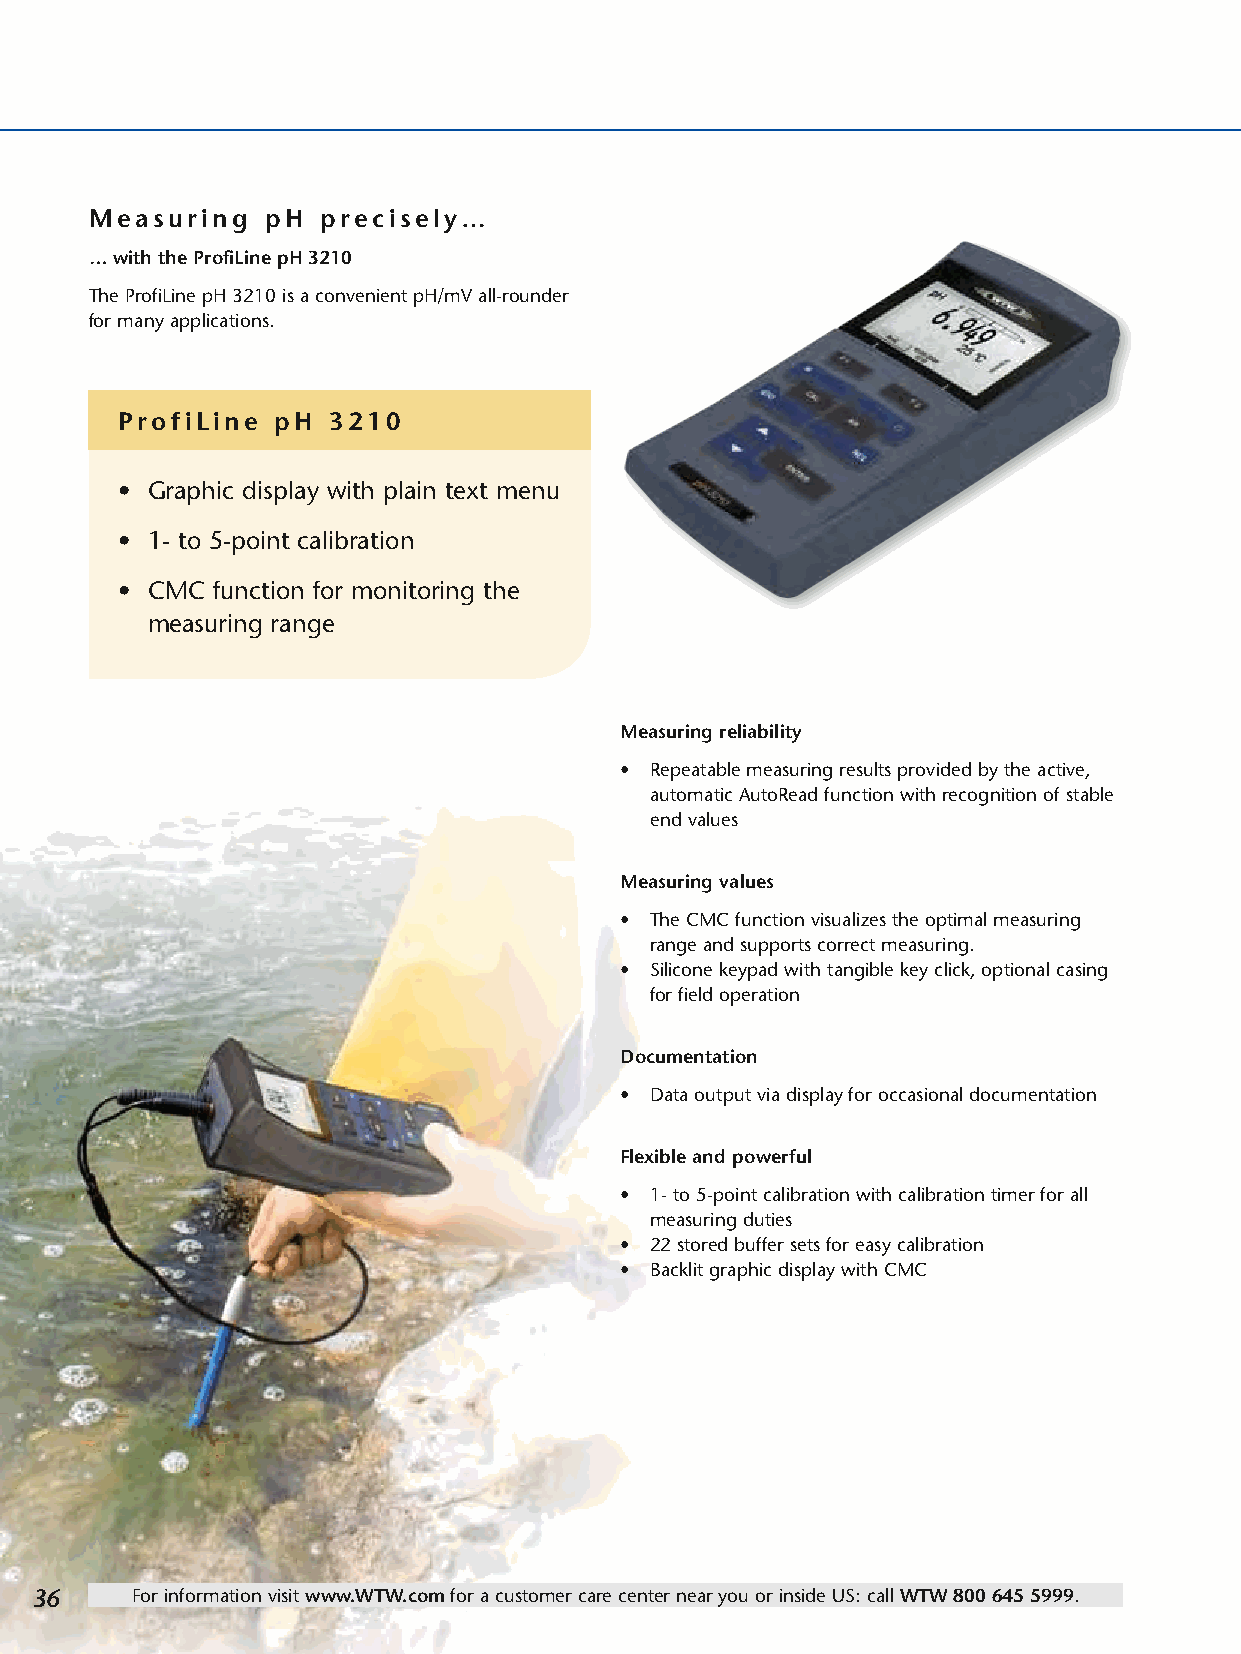
Measuring   pH precisely…
 … with the ProfiLine pH 3210
 The ProfiLine pH 3210 is a convenient pH/mV all-rounder
 for many applications.
 ProfiLine pH  3210
 • Graphic display with plain text menu
 • 1- to 5-point calibration
 • CMC function for monitoring the
 measuring range
 Measuring reliability
 • Repeatable measuring results provided by the active,
 automatic AutoRead function with recognition of stable
 end values
 Measuring values
 • The CMC function visualizes the optimal measuring
 range and supports correct measuring.
 • Silicone keypad with tangible key click, optional casing
 for field operation
 Documentation
 • Data output via display for occasional documentation
 Flexible and powerful
 • 1- to 5-point calibration with calibration timer for all
 measuring duties
 • 22 stored buffer sets for easy calibration
 • Backlit graphic display with CMC
 36     For information visit www.WTW.com for a customer care center near you or inside US: call WTW 800 645 5999.